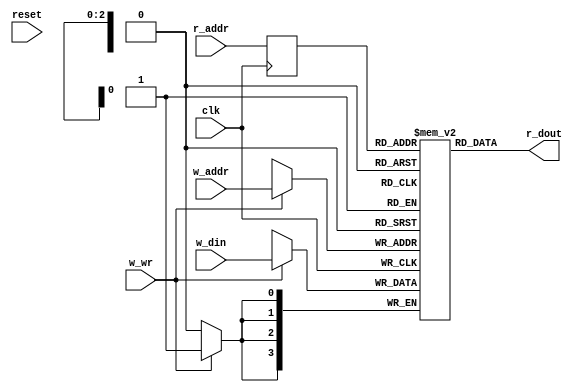
module xst_ram_1r1w_synch_8_4_0 (input wire  clk, reset, w_wr, input wire [0:3] w_din, input wire [0:2] w_addr, r_addr, output wire [0:3] r_dout);
  wire [0:2] wa,ra; reg [0:2] _wa,_ra; wire [0:3] wi,wo,ro;
  reg [0:3] ram [0:7];
  // 4 bits words, 8 such words
  integer i;
  initial begin
    for (i=0;i<8;i=i+1) ram[i]=0;
    ram[3'h0]=4'h0;
  end
  always @(posedge clk) begin if (w_wr) ram[wa]<=wi; _wa<=wa; _ra<=ra; end
  assign wa = w_addr[0:2];
  assign ra = r_addr[0:2];
  assign wi = w_din[0:3];
  assign r_dout[0:3] = ram [_ra];
endmodule
// this is a 4-bit input to a ram which has 8 address locations(therefore  3-bits of reference)

/*
  initial begin
    for (i=0;i<8;i=i+1) ram[i]=0;
    ram[3'h0]=4'h0;
  end
  always @(posedge clk) begin if (w_wr) ram[wa]<=wi; _wa<=wa; _ra<=ra; end
  assign wa = w_addr[0:2];
  assign ra = r_addr[0:2];
  assign wi = w_din[0:3];
  assign r_dout[0:3] = ram [_ra];
endmodule
*/